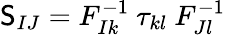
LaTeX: \mathsf{S}_{IJ}=F_{Ik}^{-1}~\tau_{kl}~F_{Jl}^{-1}